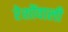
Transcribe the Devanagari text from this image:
रेशोंवाली